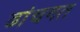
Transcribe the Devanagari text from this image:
ढांचगत